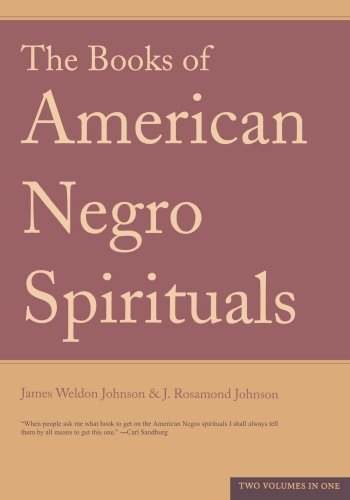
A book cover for The Books of the American Negro Spirituals; James Weldon Johnson; Christian Books & Bibles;